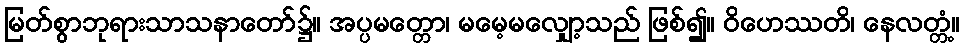
မြတ်စွာဘုရားသာသနာတော်၌။ အပ္ပမတ္တော၊ မမေ့မလျှော့သည် ဖြစ်၍။ ဝိဟေဿတိ၊ နေလတ္တံ့။